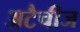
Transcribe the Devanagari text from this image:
अटैचीज